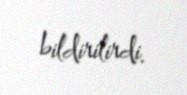
bildirilirdi.